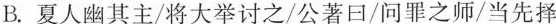
B.夏人幽其主/将大举讨之/公著口/问罪之师/当先择